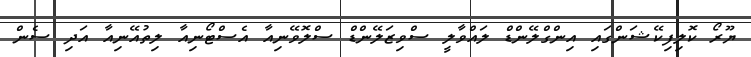
ޔޫރޯ ކޮލިފިކޭޝަންގައި އިންގްލޭންޑް ލައްވާލީ ސްވިޒަލޭންޑް ސްލޮވޭނިއާ އެސްޓޯނިއާ ލިތުއޭނިއާ އަދި ސެން